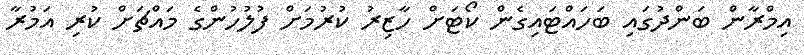
އިމްރާން ބަންދުގައި ބަހައްޓައިގެން ކޯޓަށް ހާޒިރު ކުރުމަށް ފުލުހުންގެ މައްޗަށް ކުރި އަމުރާ